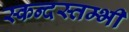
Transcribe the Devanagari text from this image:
स्कन्दस्तम्भी